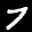
Label: 7